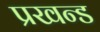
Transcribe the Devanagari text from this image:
प्रखन्ड